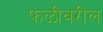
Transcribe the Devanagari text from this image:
फळीवरील